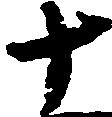
十